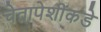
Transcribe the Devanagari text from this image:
चेतापेशींकडे